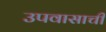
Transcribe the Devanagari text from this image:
उपवासाची